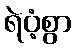
ရဲဝံ့စွာ